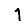
Digit: 1